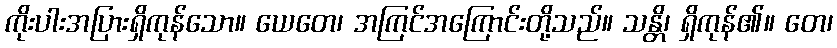
ကိုးပါးအပြားရှိကုန်သော။ ယေတေ၊ အကြင်အကြောင်းတို့သည်။ သန္တိ၊ ရှိကုန်၏။ တေ၊